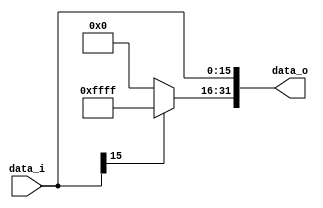
//Subject:     CO example - Sign extend
//--------------------------------------------------------------------------------
//Version:     1
//--------------------------------------------------------------------------------
//Writer:      
//----------------------------------------------
//Date:        
//----------------------------------------------
//Description: 
//--------------------------------------------------------------------------------

module Sign_Extend(
    data_i,
    data_o
    );
               
//I/O ports
input   [16-1:0]    data_i;
output  [32-1:0]    data_o;

//Internal Signals
reg     [32-1:0]    data_o;

//Sign extended
always@(data_i)
begin
	if(data_i[15] == 0)
	begin
		data_o[15:0] = data_i[15:0];
		data_o[31:16] = 16'b 0000_0000_0000_0000;
	end
	else
	begin
		data_o[15:0] = data_i[15:0];
		data_o[31:16] = 16'b 1111_1111_1111_1111;
	end
end


endmodule